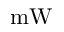
\mathrm { m W }